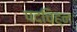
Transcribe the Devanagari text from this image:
पदचिह्‌न